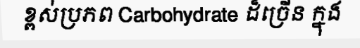
ខ្ពស់ប្រភព Carbohydrate ដ៏ច្រើន ក្នុង